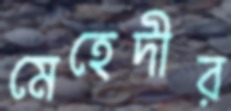
মেহেদীর